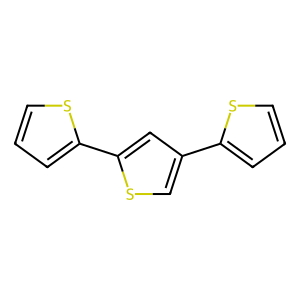
SMILES: c1csc(-c2csc(-c3cccs3)c2)c1
Inhibits HIV replication: No